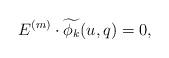
LaTeX: \begin{align*}E^{(m)}\cdot \widetilde{\phi_{k}}(u,q)=0,\end{align*}